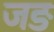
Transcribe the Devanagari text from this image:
जङ